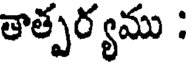
తాత్పర్యము :